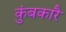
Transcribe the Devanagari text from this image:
कुंबकारै